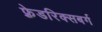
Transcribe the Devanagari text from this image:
फ़्रेडरिक्सबर्ग